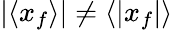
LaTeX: \left|\left<x_{f}\right>\right|\neq\left<\left|x_{f}\right|\right>